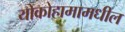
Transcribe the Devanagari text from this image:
योकोहामामधील